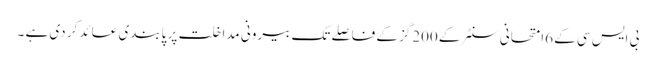
بی ایس سی کے 6امتحانی سنٹر کے 200گز کے فاصلے تک بیرونی مداخلت پر پابندی عائد کر دی ہے ۔